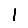
Digit: 1